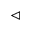
\vartriangleleft